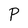
Character: P